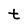
Character: t